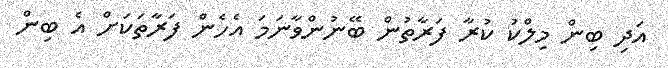
އަދި ބިން މިލްކު ކުރާ ފަރާތުން ބޭނުންވާނަމަ އެހެން ފަރާތަކަށް އެ ބިން